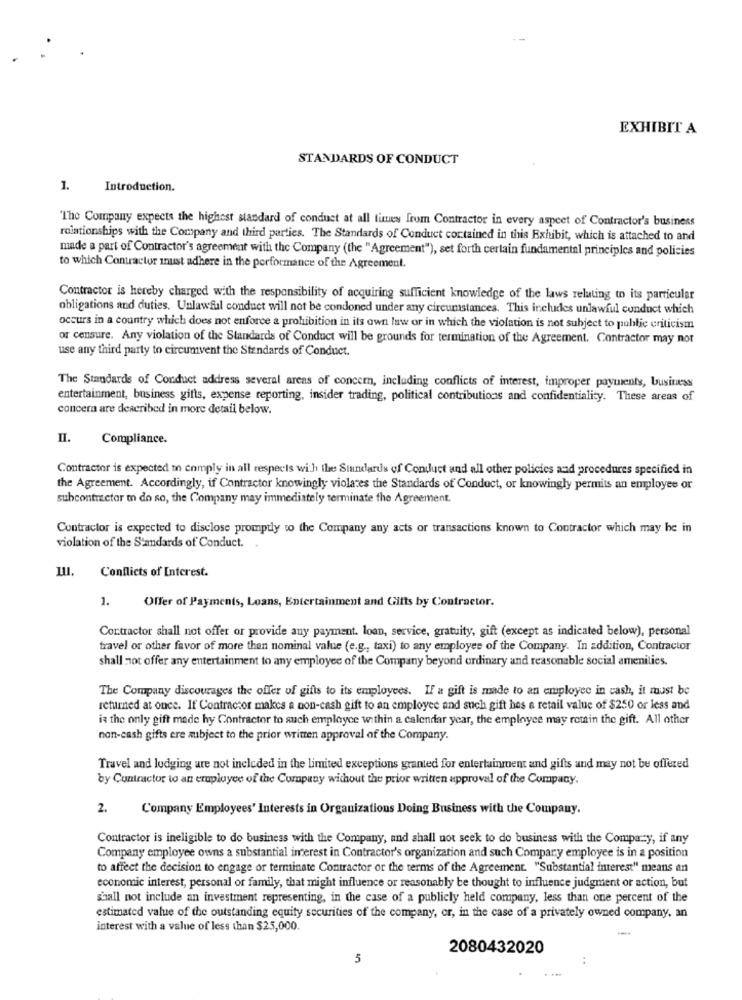
--
EXHIBIT A
STANDARDS OF CONDUCT
1.
Introduction.
The Company expects the highest standard of conduct at all times from Contractor in every aspect of Contractor's business
relationships with the Company and third parties. The Standards of Conduct contained in this Exhibit, which is attached to and
made a part of Contractor's agreement with the Company (the "Agreement"), set forth certain fundamental principles and policies
to which Contractor inust adhere in the performance of the Agreement.
Contractor is hereby charged with the responsibility of acquiring sufficient knowledge of the laws relating to its particular
obligations and duties. Unlawful conduct will not be condoned under any circumstances. This includes unlawful conduct which
occurs in a country which does not enforce a prohibition in its own law or in which the violation is not subject to public criticism
or censure. Any violation of the Standards of Conduct will be grounds for termination of the Agreement. Contractor may not
use any third party to circumvent the Standards of Conduct.
The Standards of Conduct address several areas of concern, including conflicts of interest, improper payments, business
entertainment, business gifts, expense reporting, insider trading, political contributions and confidentiality. These areas of
concern are described in more detail below.
II.
Compliance.
Contractor is expected to comply in all respects with the Standards of Conduct and all other policies and procedures specified in
the Agreement. Accordingly, if Contractor knowingly violates the Standards of Conduct, or knowingly permits an employee or
subcontractor to do so, the Company may immediately terminate the Agreement.
Contractor is expected to disclose promptly to the Company any acts or transactions known to Contractor which may be in
violation of the Standards of Conduct. .
Conflicts of Interest.
1.
Offer of Payments, Loans, Entertainment and Gifts by Contractor.
Contractor shall not offer or provide any payment. loan, service, gratuity, gift (except as indicated below), personal
travel or other favor of more then nominal value (e.g ., taxi) to any employee of the Company. In addition, Contractor
shall not offer any entertainment to any employee of the Company beyond ordinary and reasonable social amenities.
The Company discourages the offer of gifts to its employees. If a gift is made to an employee in cash, it must be
returned at once. If Contractor makes a non-cash gift to an employee and such gift hes a retail value of $250 or less and
is the only gift made hy Contractor to such employee within a calendar year, the employee may rettin the gift. All other
non-cash gifts ere subject to the prior written approval of the Company.
Travel and lodging are not included in the limited exceptions granted for entertainment and gifts and may not be offered
by Cuntractor to an employee of the Company without the prior written approval of the Company.
2.
Company Employees' Interests in Organizations Doing Business with the Company.
Contractor is ineligible to do business with the Company, and shall not seek to do business with the Company, if any
Company employee owns a substantial interest in Contractor's organization and such Company employee is in a position
to affect the decision to engage or terminate Contractor or the terms of the Agreement. "Substantial interest" means an
economic interest, personal or family, that might influence or reasonably be thought to influence judgment or action, but
shall not include an investment representing, in the case of a publicly held company, less than one percent of the
estimated value of the outstanding equity securities of the company, or, in the case of a privately owned company, an
interest with a value of less than $25,000.
2080432020
5